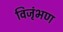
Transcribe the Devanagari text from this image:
विजृंभण